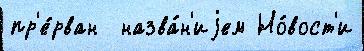
пр'е́рван  назва́н'иjем Но́вост'и